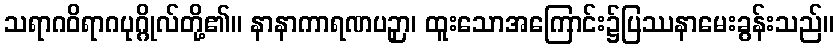
သရာဂဝိရာဂပုဂ္ဂိုလ်တို့၏။ နာနာကာရဏပဉှာ၊ ထူးသောအကြောင်း၌ပြဿနာမေးခွန်းသည်။